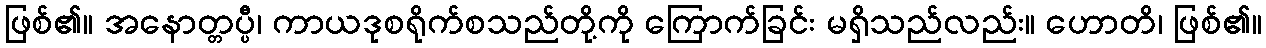
ဖြစ်၏။ အနောတ္တပ္ပီ၊ ကာယဒုစရိုက်စသည်တို့ကို ကြောက်ခြင်း မရှိသည်လည်း။ ဟောတိ၊ ဖြစ်၏။